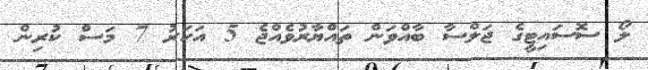
ލޯ ސޮސައިޓީގެ ޖަލްސާ ބާއްވަން ތައްޔާރުވެއްޖެ 5 އަހަރު 7 މަސް ކުރިން